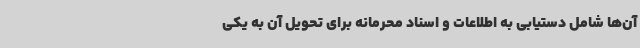
آن‌ها شامل دستیابی به اطلاعات و اسناد محرمانه برای تحویل آن به یکی